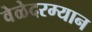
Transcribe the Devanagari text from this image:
वेळेदरम्यान